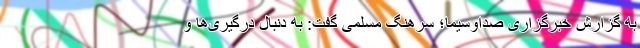
به گزارش خبرگزاری صداوسیما؛ سرهنگ مسلمی گفت: به دنبال درگیری‌ها و